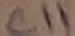
Text: C11